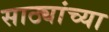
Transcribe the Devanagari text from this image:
साठ्यांच्या